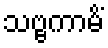
သဗ္ဗကာမိံ